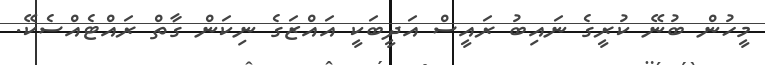
މީހުން ބުނޭ ކުރީގެ ނައިބު ރައީސް އަދީބަކީ އައްޒަގެ ނިކަން ގާތް ރައްޓެއްސެކޭ.